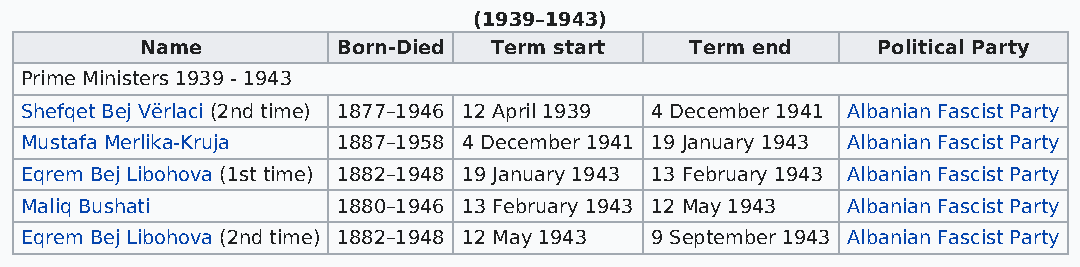
(1939–1943)
 Name         Born-Died Term start    Term end    Political Party
 Prime Ministers 1939 - 1943
 Shefqet Bej Vërlaci (2nd time) 1877–1946 12 April 1939 4 December 1941 Albanian Fascist Party
 Mustafa Merlika-Kruja 1887–1958 4 December 1941 19 January 1943 Albanian Fascist Party
 Eqrem Bej Libohova (1st time) 1882–1948 19 January 1943 13 February 1943 Albanian Fascist Party
 Maliq Bushati        1880–1946 13 February 1943 12 May 1943 Albanian Fascist Party
 Eqrem Bej Libohova (2nd time) 1882–1948 12 May 1943 9 September 1943 Albanian Fascist Party